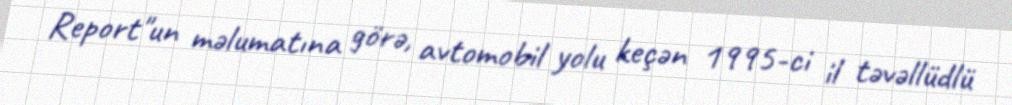
Report"un məlumatına görə, avtomobil yolu keçən 1995-ci il təvəllüdlü